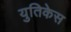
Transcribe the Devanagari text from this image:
युतिकेस